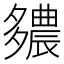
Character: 𨑊